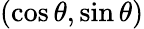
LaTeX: (\cos\theta,\sin\theta)